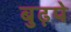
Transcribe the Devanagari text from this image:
बुढ़पे